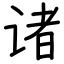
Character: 诸